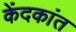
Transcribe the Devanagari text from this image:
केंदकांत